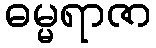
ဓမ္မရာဇာ